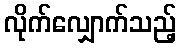
လိုက်လျှောက်သည့်